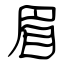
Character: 眉